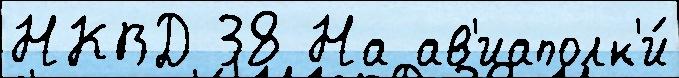
НКВД 38 На ав'иаполк'и́